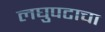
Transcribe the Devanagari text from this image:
लघुपटाचा